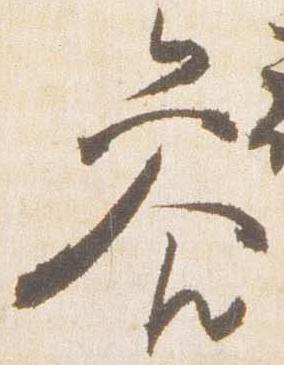
参